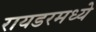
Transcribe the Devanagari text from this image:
रायडरमध्ये